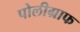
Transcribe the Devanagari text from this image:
पोलीग्राफ